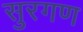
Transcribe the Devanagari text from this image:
सुरगण